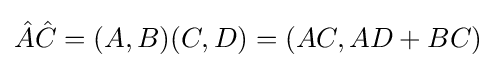
{\hat {A}}{\hat {C}}=(A,B)(C,D)=(AC,AD+BC)